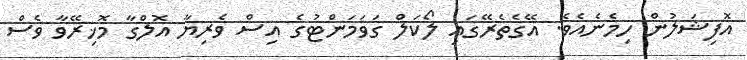
އޮފިޝަލުން ހިމެނެއެވެ. އޭގެތެރޭގައި ލޯކަލް ގަވަމަންޓުގެ އިސް ވެރިޔާ އޮލްގާ މޮޚިރޭވާ ވެސް